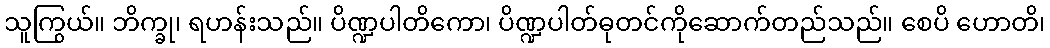
သူကြွယ်။ ဘိက္ခု၊ ရဟန်းသည်။ ပိဏ္ဍပါတိကော၊ ပိဏ္ဍပါတ်ဓုတင်ကိုဆောက်တည်သည်။ စေပိ ဟောတိ၊